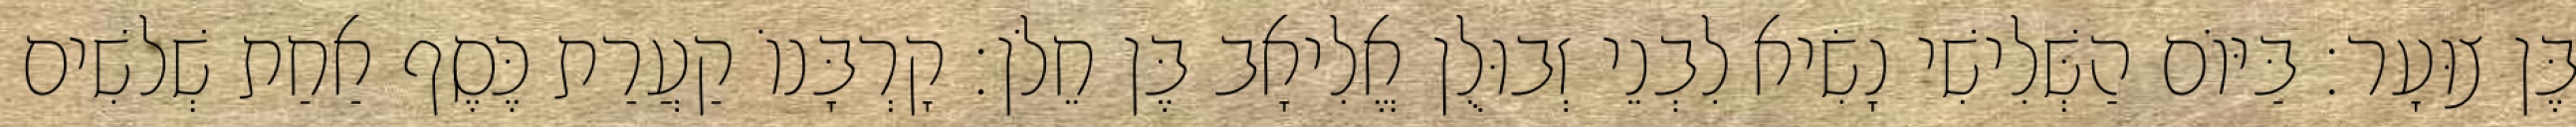
בֶּן צוּעָר׃ בַּיּוֹם הַשְּׁלִישִׁי נָשִׂיא לִבְנֵי זְבוּלֻן אֱלִיאָב בֶּן חֵלֹן׃ קָרְבָּנוֹ קַעֲרַת כֶּסֶף אַחַת שְׁלשִׁים